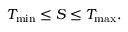
T _ { \mathrm { m i n } } \leq S \leq T _ { \mathrm { m a x } } .